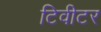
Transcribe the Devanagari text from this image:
टिवीटर